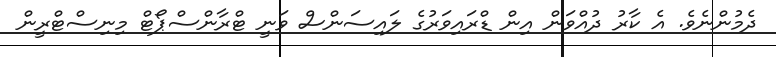
ދެމުންނެވެ. އެ ކާރު ދުއްވަން އިން ޑްރައިވަރުގެ ލައިސަންސް ވަނީ ޓްރާންސްޕޯޓް މިނިސްޓްރީން